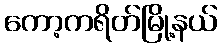
ကော့ကရိတ်မြို့နယ်